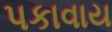
પકાવાય